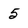
Character: 5